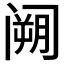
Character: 𮸧